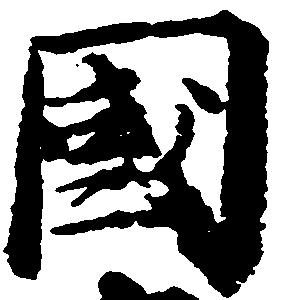
国